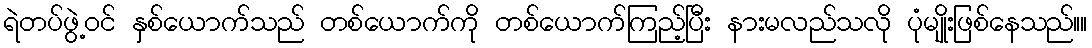
ရဲတပ်ဖွဲ့ဝင် နှစ်ယောက်သည် တစ်ယောက်ကို တစ်ယောက်ကြည့်ပြီး နားမလည်သလို ပုံမျိုးဖြစ်နေသည်။။